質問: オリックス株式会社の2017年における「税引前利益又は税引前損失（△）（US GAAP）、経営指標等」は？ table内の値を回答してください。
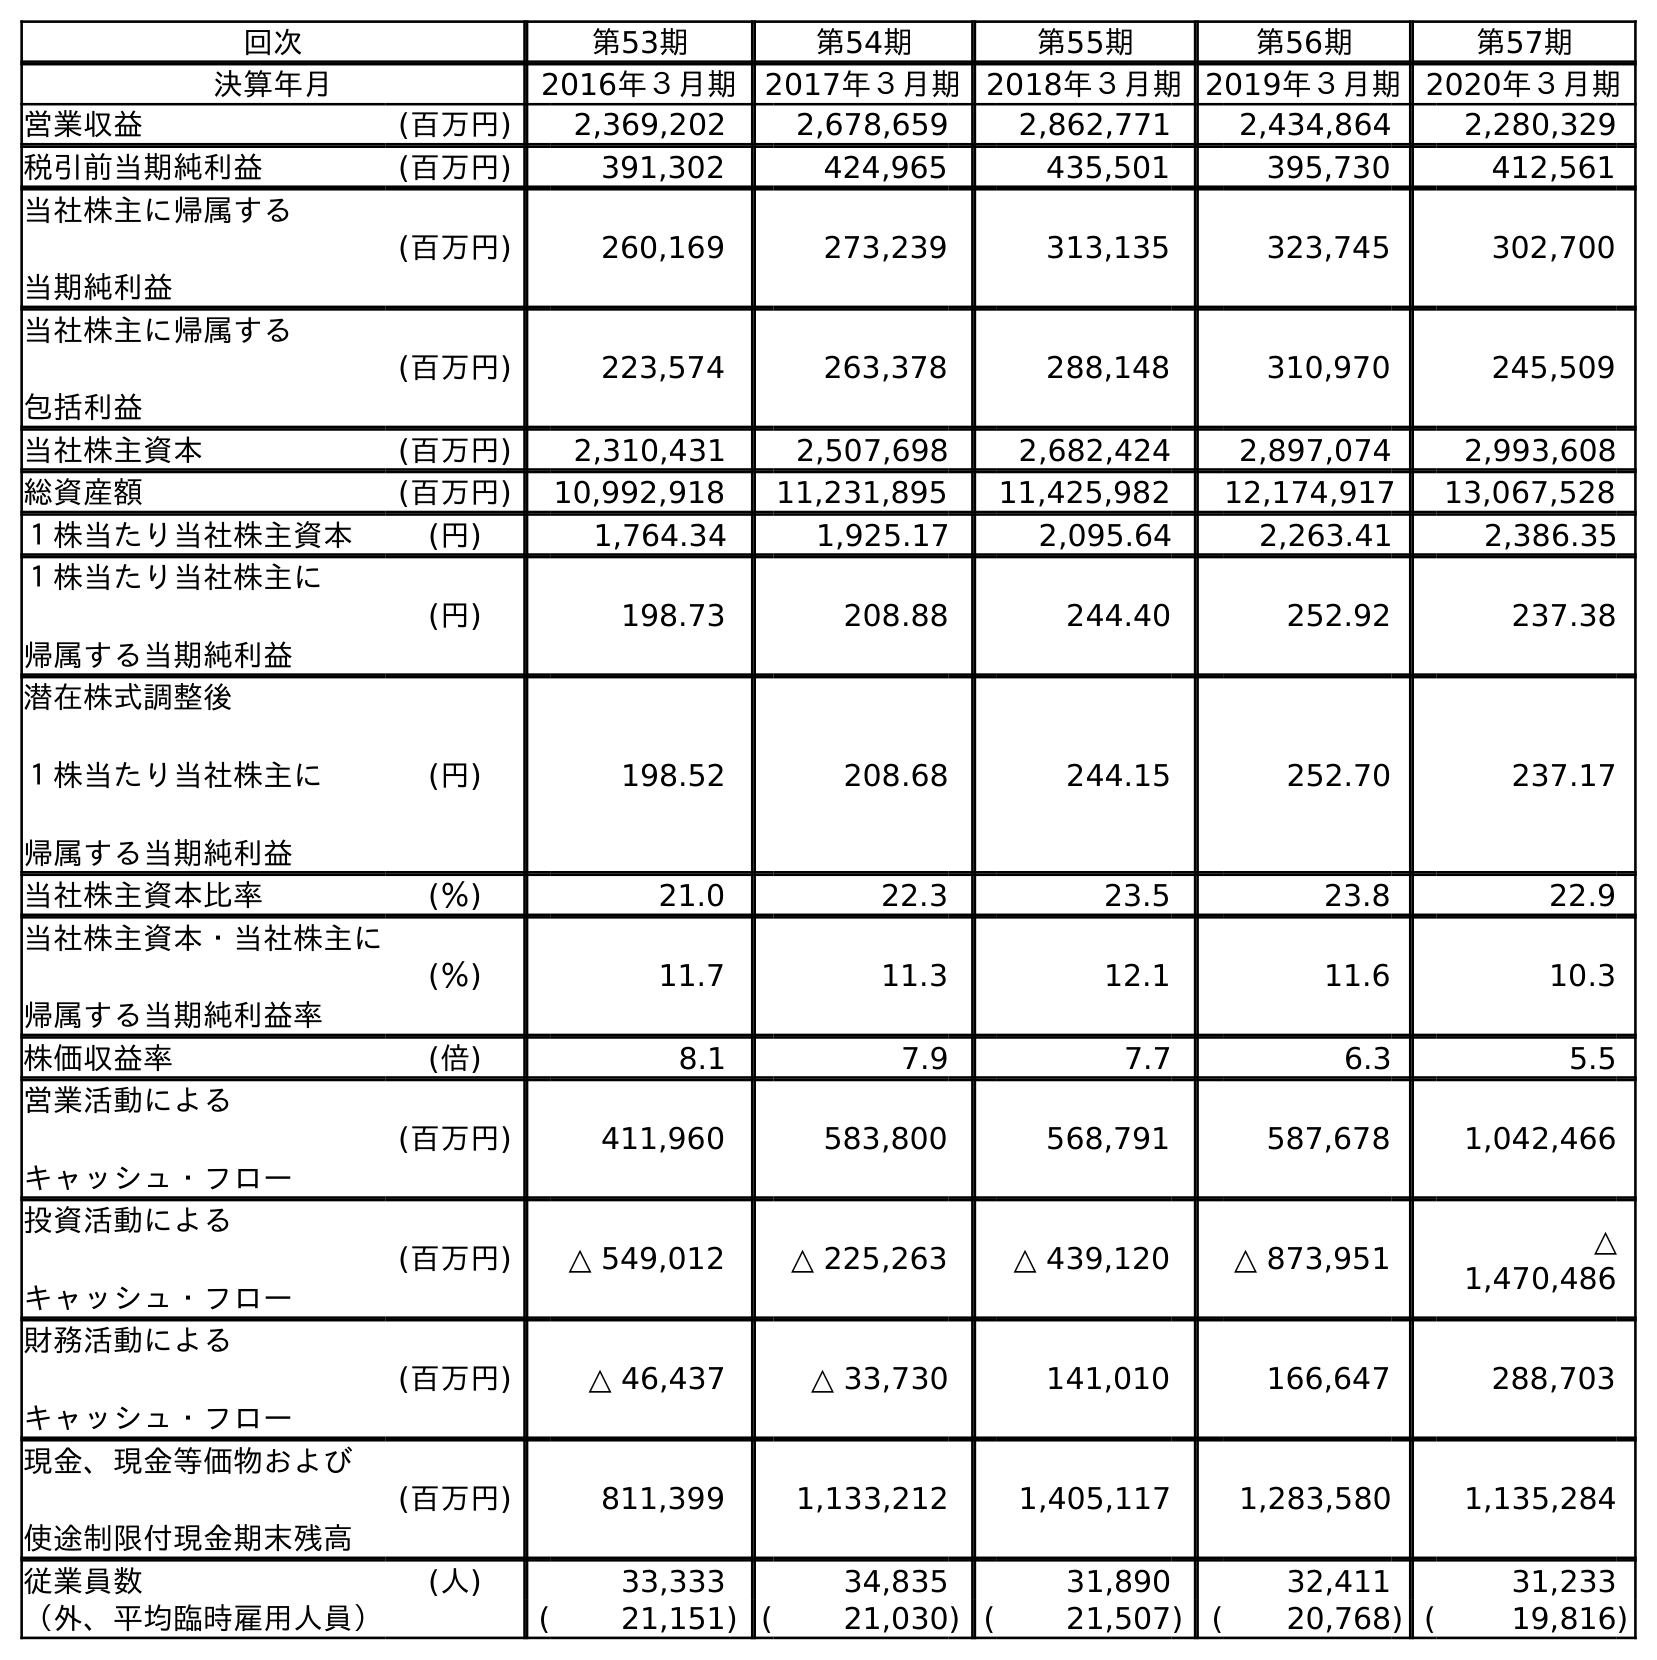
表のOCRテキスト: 回次 第53期 第54期 第55期 第56期 第57期 決算年月 2016年３月期 2017年３月期 2018年３月期2019年３月期2020年３月期 営業収益 (百万円) 2,369,202 2,678,659 2,862,771 2,434,864 2,280,329 税引前当期純利益 (百万円) 391,302 424,965 435,501 395,730 412,561 当社株主に帰属する 当期純利益 (百万円) 260,169 273,239 313,135 323,745 302,700 当社株主に帰属する 包括利益 (百万円) 223,574 263,378 288,148 310,970 245,509 当社株主資本 (百万円) 2,310,431 2,507,698 2,682,424 2,897,074 2,993,608 総資産額 (百万円) 10,992,918 11,231,895 11,425,982 12,174,917 13,067,528 １株当たり当社株主資本 (円) 1,764.34 1,925.17 2,095.64 2,263.41 2,386.35 １株当たり当社株主に 帰属する当期純利益 (円) 198.73 208.88 244.40 252.92 237.38 潜在株式調整後 １株当たり当社株主に 帰属する当期純利益 (円) 198.52 208.68 244.15 252.70 237.17 当社株主資本比率 (％) 21.0 22.3 23.5 23.8 22.9 当社株主資本・当社株主に 帰属する当期純利益率 (％) 11.7 11.3 12.1 11.6 10.3 株価収益率 (倍) 8.1 7.9 7.7 6.3 5.5 営業活動による キャッシュ・フロー (百万円) 411,960 583,800 568,791 587,678 1,042,466 投資活動による キャッシュ・フロー (百万円) △ 549,012 △ 225,263 △ 439,120 △ 873,951 △ 1,470,486 財務活動による キャッシュ・フロー (百万円) △ 46,437 △ 33,730 141,010 166,647 288,703 現金、現金等価物および 使途制限付現金期末残高 (百万円) 811,399 1,133,212 1,405,117 1,283,580 1,135,284 従業員数 (人) 33,333 34,835 31,890 32,411 31,233 （外、平均臨時雇用人員） ( 21,151) ( 21,030) ( 21,507) ( 20,768) ( 19,816)
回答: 424,965